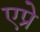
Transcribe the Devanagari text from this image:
एप्रे